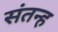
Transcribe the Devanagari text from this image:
संतन्ह